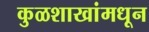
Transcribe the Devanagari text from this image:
कुळशाखांमधून